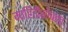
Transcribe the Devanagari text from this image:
माहितीसोबतच